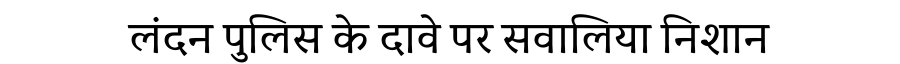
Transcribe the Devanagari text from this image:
लंदन पुलिस के दावे पर सवालिया निशान